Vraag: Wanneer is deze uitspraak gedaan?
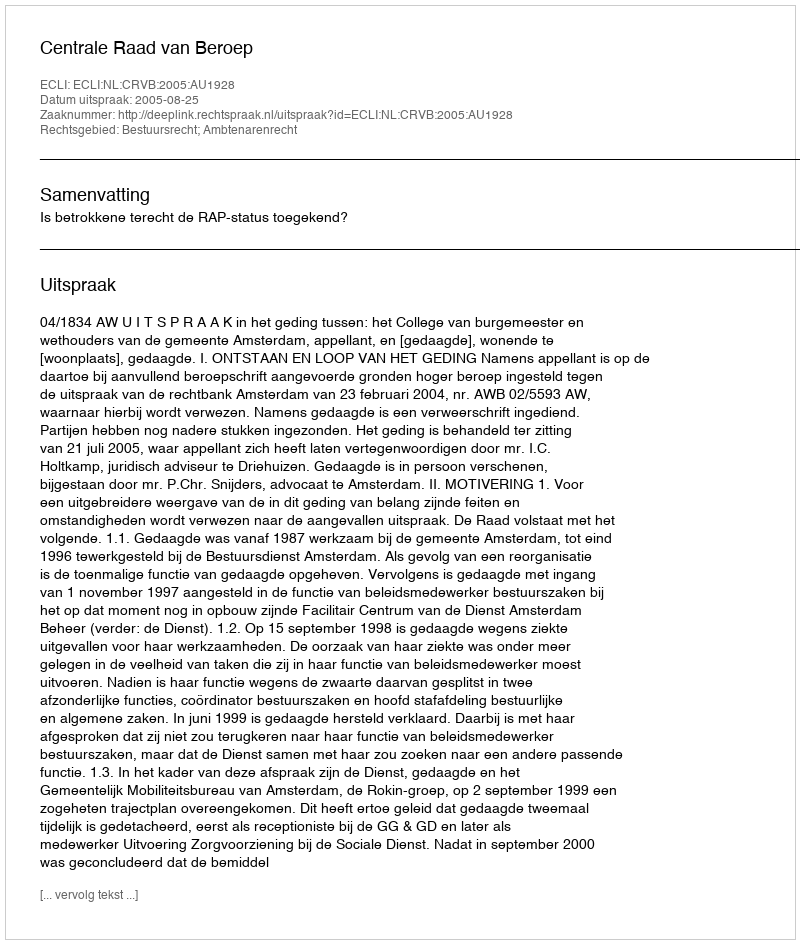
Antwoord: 2005-08-25